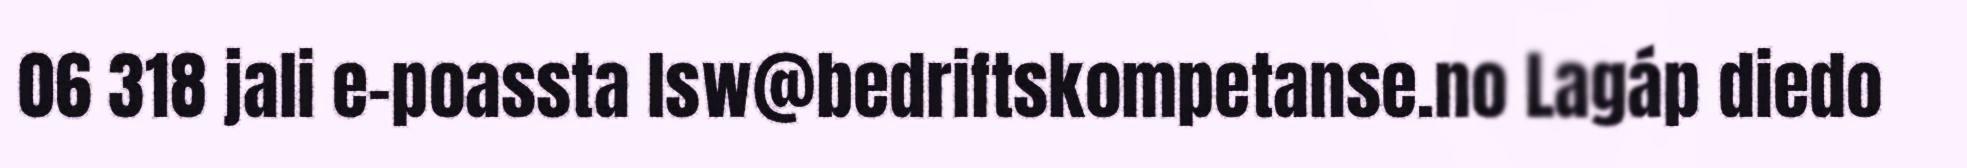
06 318 jali e-poassta lsw@bedriftskompetanse.no Lagáp diedo